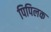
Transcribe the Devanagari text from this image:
पिपिलक